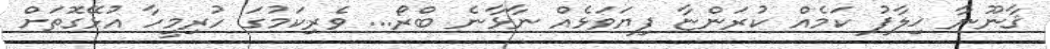
ޤާނޫނާ ޚިލާފު ކަމެއް ކުރަންޏާ ފިޔަވަޅެއް ނާޅާނެ ބްރޯ... ވެރިކަމުގަ ހުރިމީހާ އުޅޭގޮތަށް